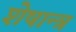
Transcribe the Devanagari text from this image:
शेषान्त्र